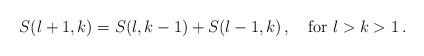
LaTeX: \begin{align*}S(l+1,k)=S(l,k-1)+S(l-1,k)\,,\quad\mbox{for }l>k>1\,.\end{align*}